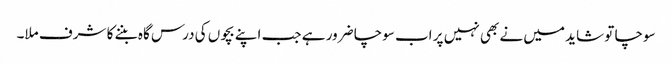
سوچا تو شاید میں نے بھی نہیں پر اب سوچا ضرور ہے جب اپنے بچوں کی درس گاہ بننے کا شرف ملا۔